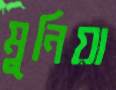
মুনিয়া